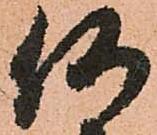
何